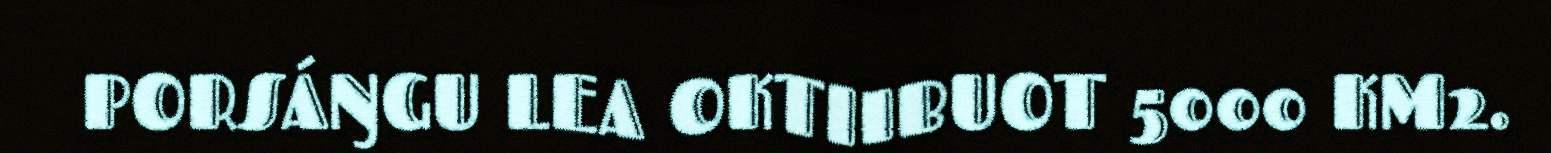
PORSÁŊGU LEA OKTIIBUOT 5000 KM2.